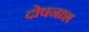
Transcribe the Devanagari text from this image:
दोषनाश